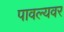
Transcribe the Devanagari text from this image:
पावल्यवर